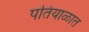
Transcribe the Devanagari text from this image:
पतियाळात